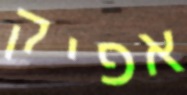
אפיק